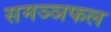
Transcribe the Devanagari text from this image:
समञ्ञफल